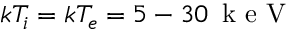
k T _ { i } = k T _ { e } = 5 - 3 0 \, \mathrm { ~ k ~ e ~ V ~ }